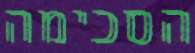
הסכימה